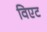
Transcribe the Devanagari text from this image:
विएट